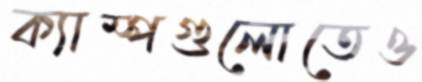
ক্যাম্পগুলোতেও